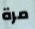
مرة